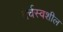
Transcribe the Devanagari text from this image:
वर्चस्वशील